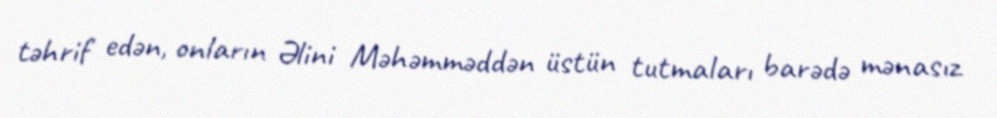
təhrif edən, onların Əlini Məhəmməddən üstün tutmaları barədə mənasız